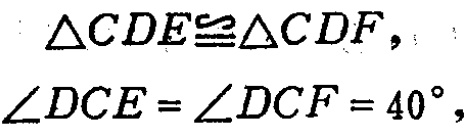
\(\triangle CDE\cong\triangle CDF\)，
\(\angle DCE = \angle DCF = 40^{\circ}\)，